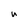
Character: n